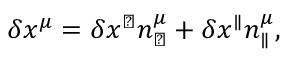
\delta x ^ { \mu } = \delta x ^ { \perp } n _ { \perp } ^ { \mu } + \delta x ^ { \parallel } n _ { \parallel } ^ { \mu } ,